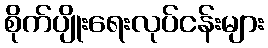
စိုက်ပျိုးရေးလုပ်ငန်းများ